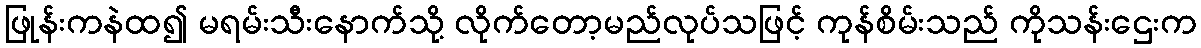
ဖြုန်းကနဲထ၍ မရမ်းသီးနောက်သို့ လိုက်တော့မည်လုပ်သဖြင့် ကုန်စိမ်းသည် ကိုသန်းဌေးက